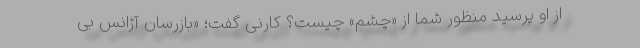
از او پرسید منظور شما از «چشم» چیست؟ کارنی گفت؛ «بازرسان آژانس بی